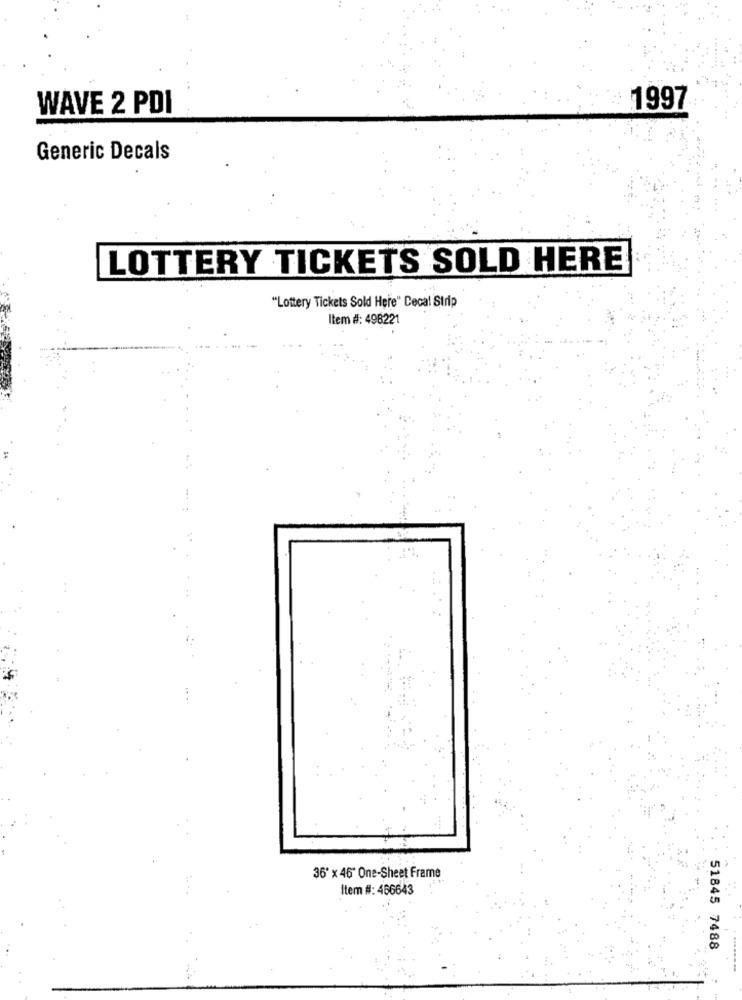
WAVE 2 PDI
1997
Generic Decals
LOTTERY TICKETS SOLD HERE
"Lottery Tickets Sold Here" Cecal Strip
Item #: 498221
36" x 46" One-Sheet Frame
Item #: 466643
51845 7488